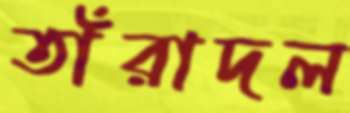
তাঁরাদল